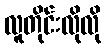
လူတိုင်းလိုလို